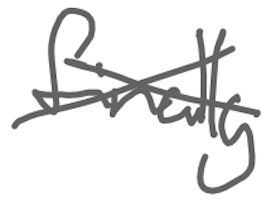
Text: finally
Cross-out: cross
Writing tool: digital_gray